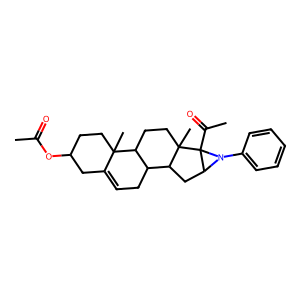
SMILES: CC(=O)OC1CCC2(C)C(=CCC3C2CCC2(C)C3CC3N(c4ccccc4)C32C(C)=O)C1
Inhibits HIV replication: No